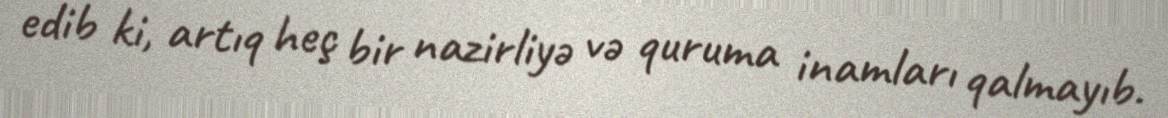
edib ki, artıq heç bir nazirliyə və quruma inamları qalmayıb.